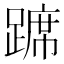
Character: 𫏛